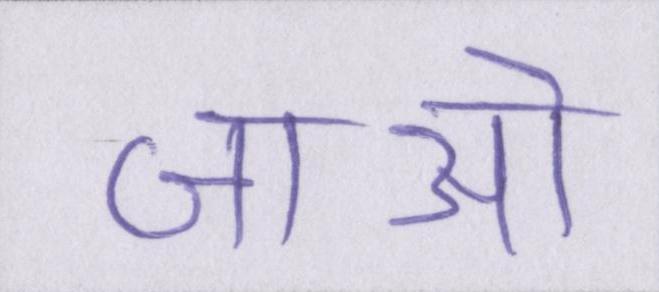
जाओ